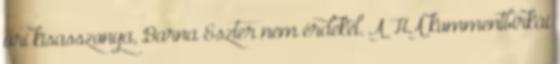
úri kisasszonya, Barna Eszter nem érdekel. A HA kommentbirkái